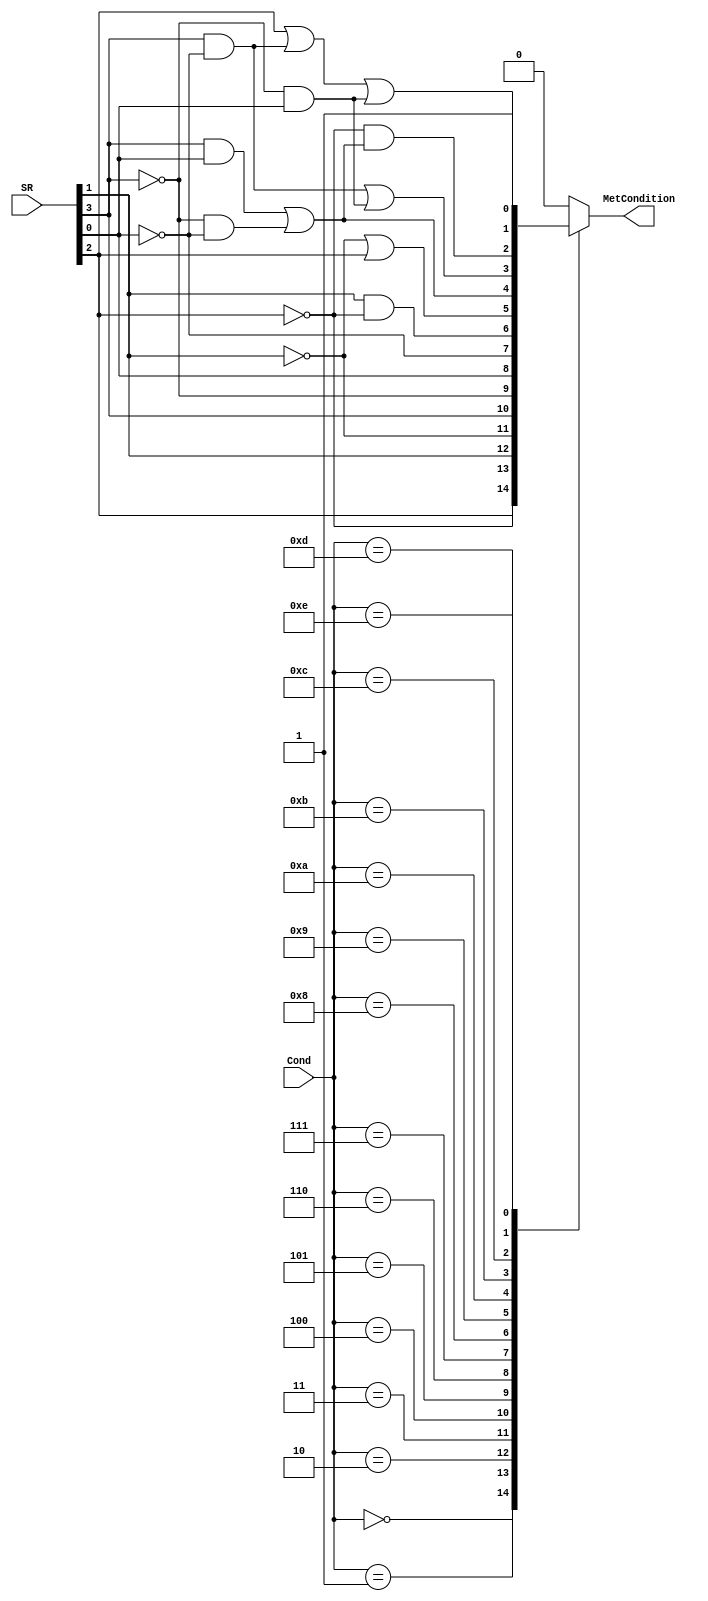
module ConditionCheck (Cond, SR, MetCondition);
input [3:0] Cond;
input [3:0] SR;
output reg MetCondition;

	wire N, Z, C, V;
	assign {N, Z, C, V} = SR;

	always @(Cond or N or Z or C or V) begin
		MetCondition = 1'b0;
		case (Cond)
			4'b0000: MetCondition = Z;	//EQ
			4'b0001: MetCondition = ~Z;	//NE
			4'b0010: MetCondition = C;	//CS/HS
			4'b0011: MetCondition = ~C;	//CC/Lo
			4'b0100: MetCondition = N;	//MI
			4'b0101: MetCondition = ~N;	//PL
			4'b0110: MetCondition = V;	//VS
			4'b0111: MetCondition = ~V;	//VC
			4'b1000: MetCondition = C & ~Z;	//HI
			4'b1001: MetCondition = ~C | Z;	//LS
			4'b1010: MetCondition = (N&V) | (~N&~V);	//GE
			4'b1011: MetCondition = (N&~V) | (~N&V);	//LT
			4'b1100: MetCondition = ~Z & ((N&V)|(~N&~V));	//GT
			4'b1101: MetCondition = Z | (N&~V) | (~N&V);	//LE
			4'b1110: MetCondition = 1'b1; 	//AL
			default: MetCondition = 1'b0;
		endcase
	end


endmodule